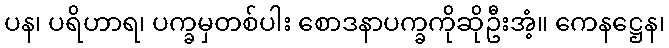
ပန၊ ပရိဟာရ၊ ပက္ခမှတစ်ပါး စောဒနာပက္ခကိုဆိုဦးအံ့။ ကေနဋ္ဌေန၊